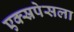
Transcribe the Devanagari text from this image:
एक्स्रपेसला